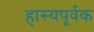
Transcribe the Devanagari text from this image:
हास्यपूर्वक